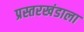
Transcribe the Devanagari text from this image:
प्रस्तरखंडाला